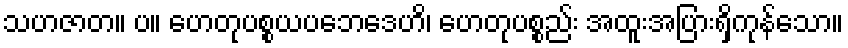
သဟဇာတ။ ပ။ ဟေတုပစ္စယပဘေဒေဟိ၊ ဟေတုပစ္စည်း အထူးအပြားရှိကုန်သော။